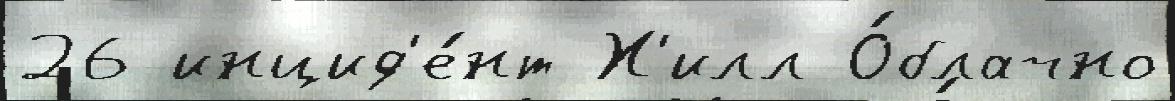
26 инцид'е́нт Х'илл О́блачно